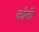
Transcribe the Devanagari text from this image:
काँती